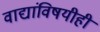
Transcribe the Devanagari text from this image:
वाद्यांविषयीही